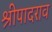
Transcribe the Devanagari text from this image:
श्रीपादराव